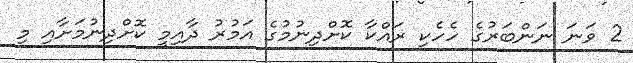
2 ވަނަ ނަންބަރުގެ ހެހެކި ރައްކާ ކޮށްދިނުމުގެ އަމުރު ދާއިމީ ކޮށްދިނުމަށާއި މި